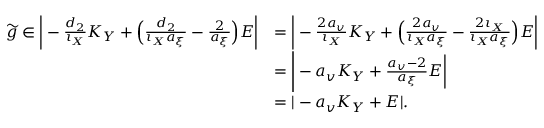
\begin{array} { r l } { \widetilde { g } \in \bigg | - \frac { d _ { 2 } } { \iota _ { X } } K _ { Y } + \Big ( \frac { d _ { 2 } } { \iota _ { X } a _ { \xi } } - \frac { 2 } { a _ { \xi } } \Big ) E \bigg | } & { = \bigg | - \frac { 2 a _ { v } } { \iota _ { X } } K _ { Y } + \Big ( \frac { 2 a _ { v } } { \iota _ { X } a _ { \xi } } - \frac { 2 \iota _ { X } } { \iota _ { X } a _ { \xi } } \Big ) E \bigg | } \\ & { = \Bigg | - a _ { v } K _ { Y } + \frac { a _ { v } - 2 } { a _ { \xi } } E \bigg | } \\ & { = | - a _ { v } K _ { Y } + E | . } \end{array}